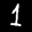
Label: 1